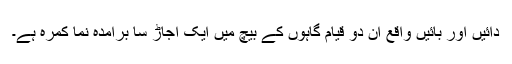
دائیں اور بائیں واقع ان دو قیام گاہوں کے بیچ میں ایک اجاڑ سا برآمدہ نما کمرہ ہے۔